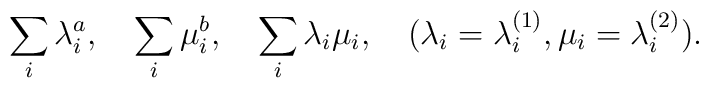
\sum_{i} \lambda_{i}^{a}, \quad \sum_{i} \mu_{i}^{b}, \quad \sum_{i} \lambda_{i}\mu_{i}, \quad (\lambda_{i}=\lambda_{i}^{(1)}, \mu_{i}=\lambda_{i}^{(2)}).